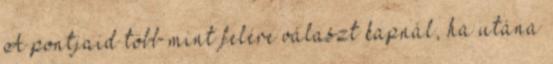
A pontjaid több mint felére választ kapnál, ha utána